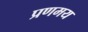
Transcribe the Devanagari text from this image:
प्रणमय